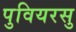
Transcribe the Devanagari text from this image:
पुवियरसु